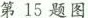
第15题图